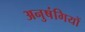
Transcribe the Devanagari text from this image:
अनुषंगियों